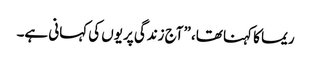
ریما کا کہنا تھا، ”آج زندگی پریوں کی کہانی ہے۔